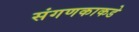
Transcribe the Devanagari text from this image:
संगणकाकडे